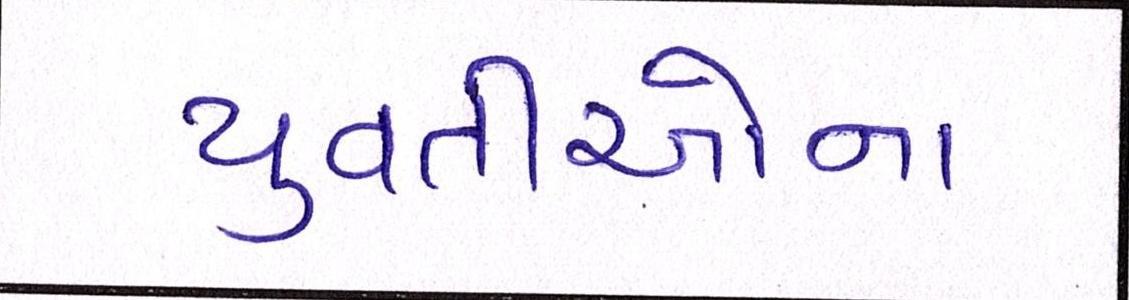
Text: યુવતીઓના